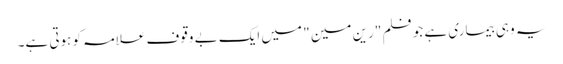
یہ وہی بیماری ہے جو فلم "رین مین " میں ایک بے وقوف علامہ کو ہوتی ہے۔